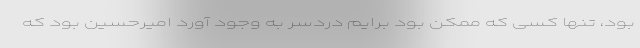
بود، تنها کسی که ممکن بود برایم دردسر به وجود آورد امیرحسین بود که